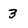
Character: 3